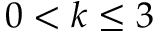
0 < k \leq 3